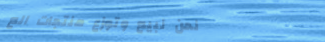
نحن نبيع وتوزع منتجات الع